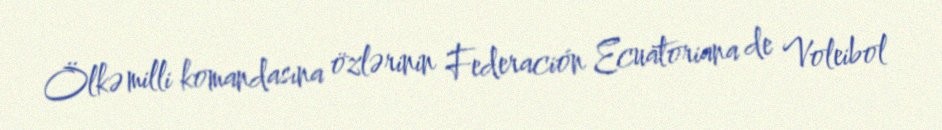
Ölkə milli komandasına özlərinin Federación Ecuatoriana de Voleibol